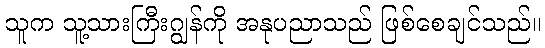
သူက သူ့သားကြီးဂျွန်ကို အနုပညာသည် ဖြစ်စေချင်သည်။